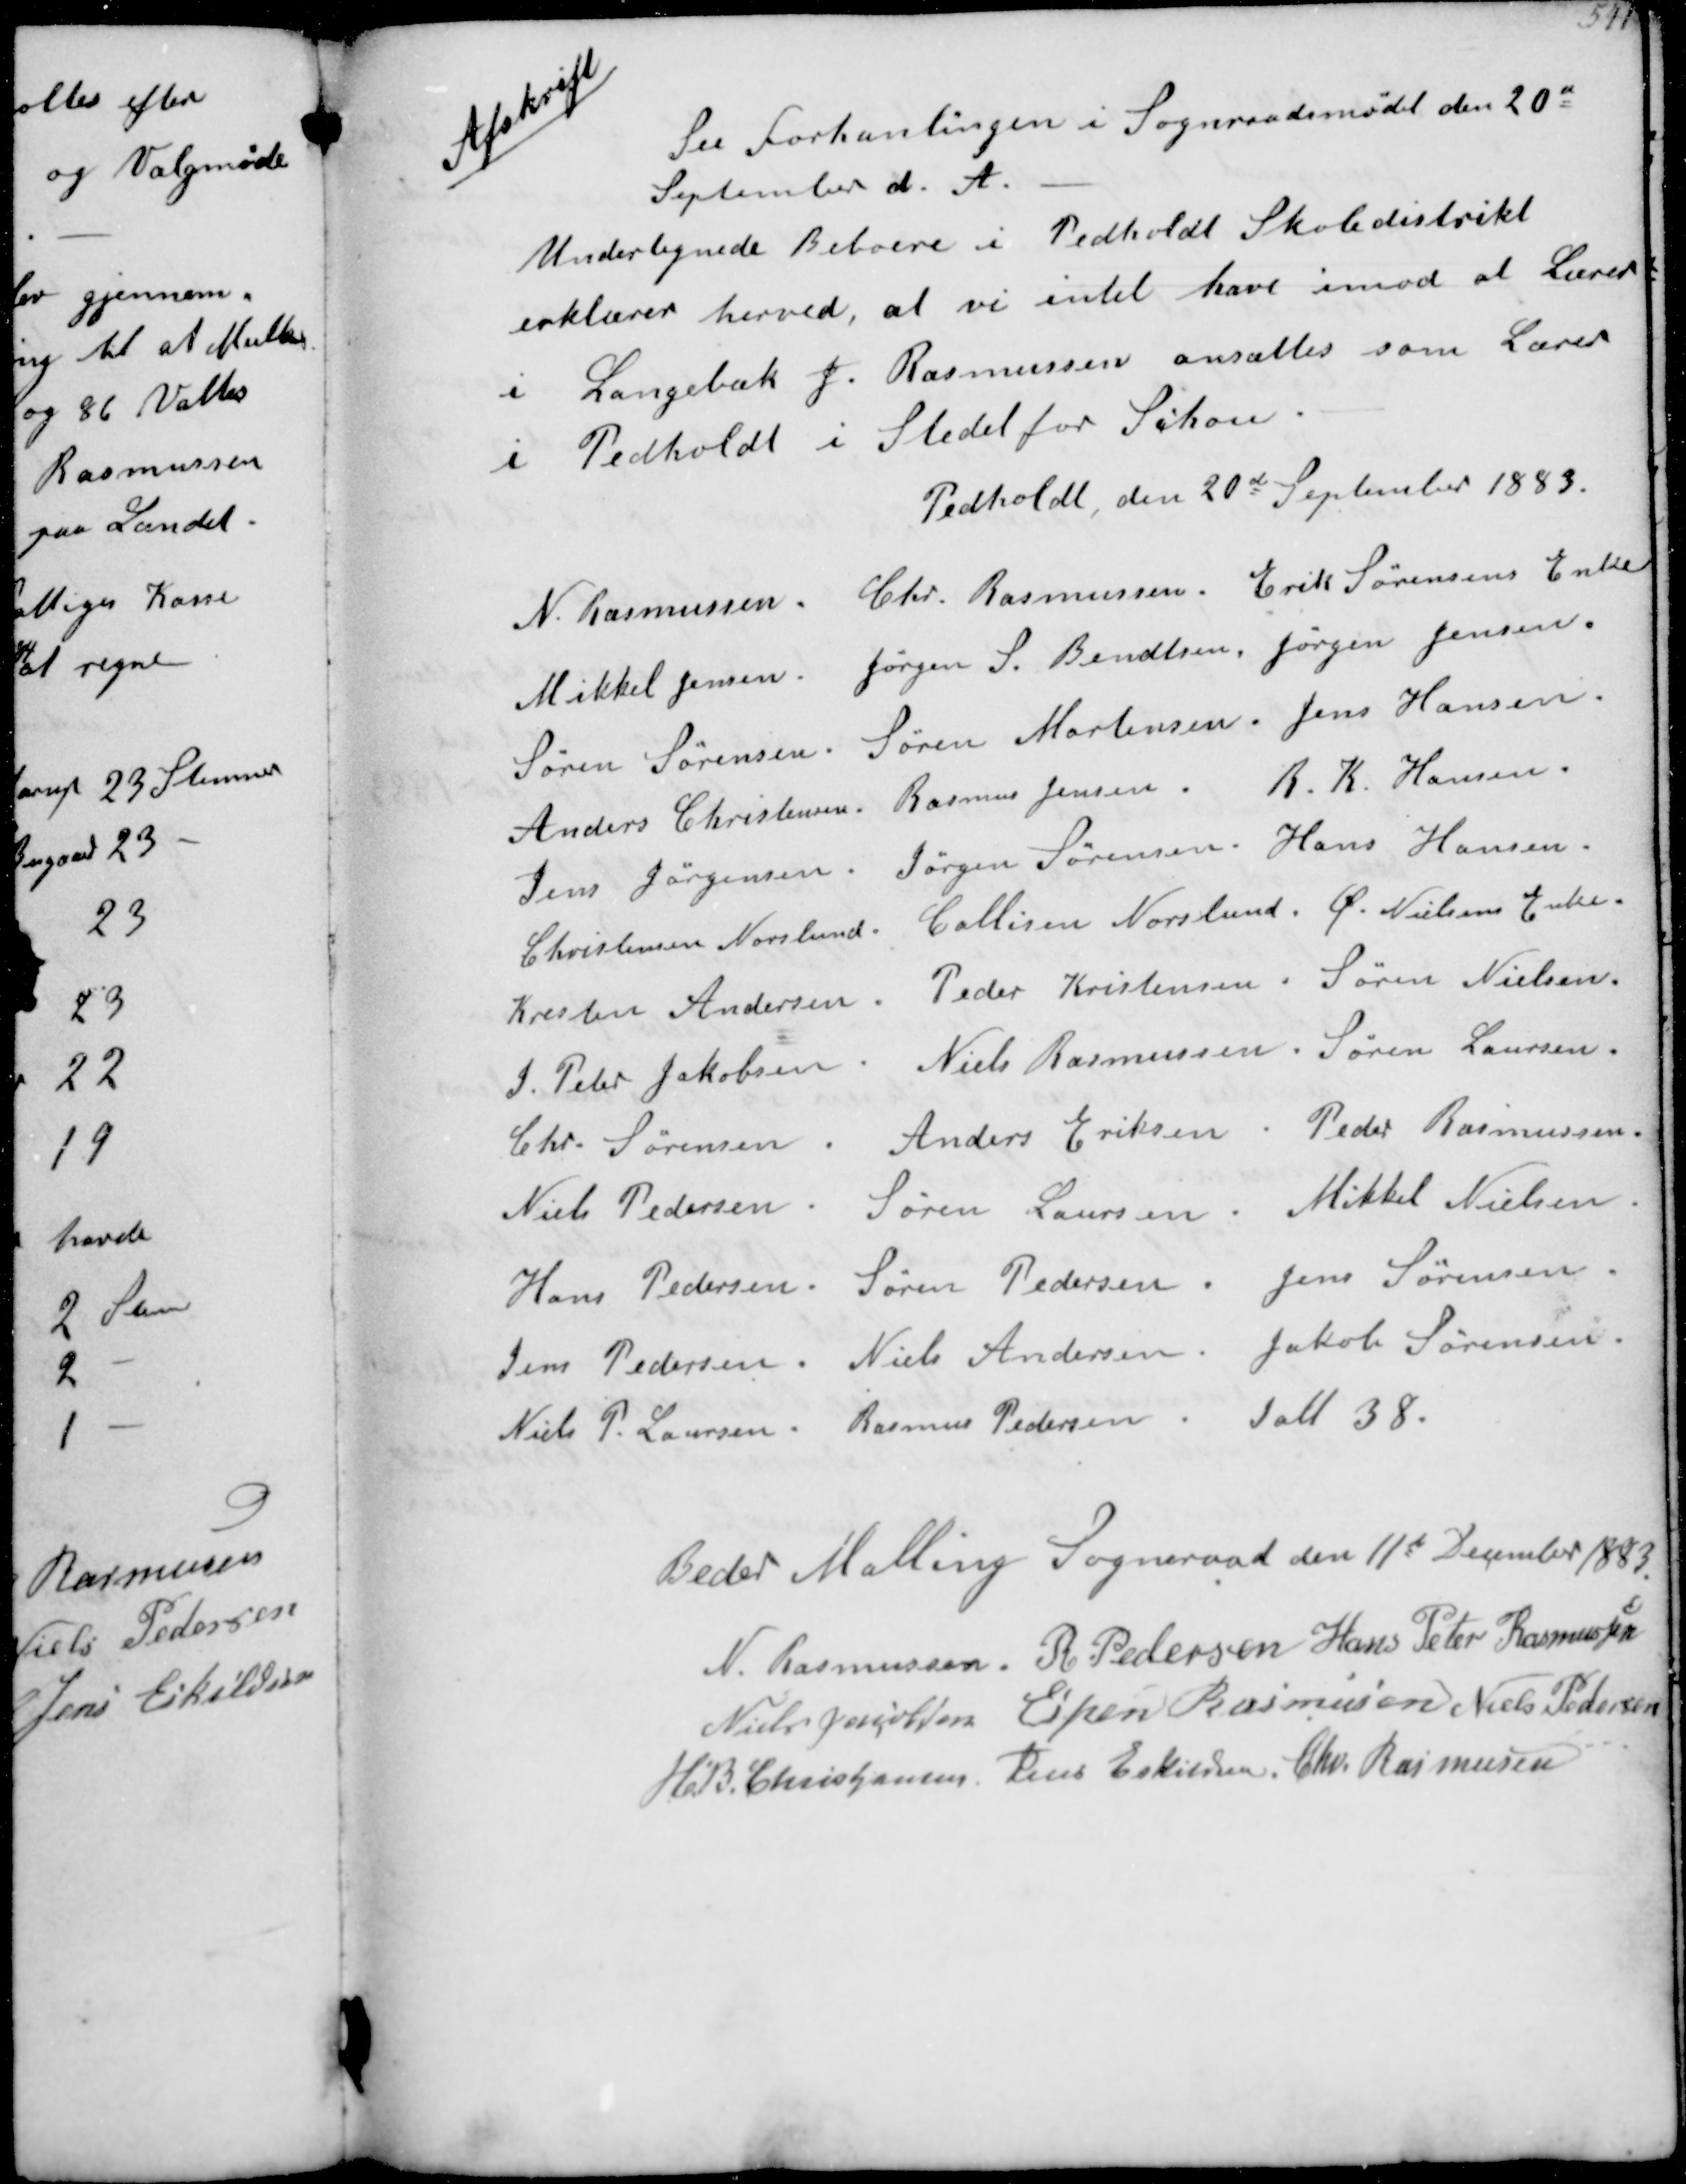
Transskription:
Afskrift
Se Forhandlingen i Sogneraadet den 20d
september d.A.
Undertegnede Beboere i Pedholt Skoledistrikt
erklærer herved, at vi intet have imod at Lærer
i Langebæk J. Rasmussen ansættes som Lærer
i Pedholt i Stedet for Schou
Pedholt den 20de September 1883
N Rasmussen
Chr Rasmussen
Erik Sørensens Enke
Mikkel Jensen
Jørgen S Bendtsen
Jørgen Jensen
Søren Sørensen
Søren Mortensen
Jens Hansen
Anders Christensen
Rasmus Jensen
R K Hansen
Jens Jørgensen
Jørgen Sørensen
Hans Hansen
Christensen Norslund
Callisen Norslund
Ø Nielsens Enke
Kresten Andersen
Peder Kristensen
Søren Nielsen
J P Jakobsen
Niels Rasmussen
Søren Laursen
Chr Sørensen
Anders Eriksen
Peder Rasmussen
Niels Pedersen
Søren Laursen
Mikkel Nielsen
Hans Pedersen
Søren Pedersen
Jens Sørensen
Jens Pedersen
Niels Andersen
Jakob Sørensen
Niels P Laursen
Rasmus Pedersen
Ialt 38

Beder Malling Sogneraad den 11te December 1883
N Rasmussen
R Pedersen
Hans Peder Rasmussen
Niels Jacobsen
Espen Rasmussen
Niels Pedersen
H B Christjansen
Jens Eskildsen
Chr Rasmussen